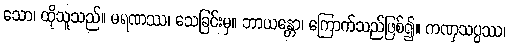
သော၊ ထိုသူသည်။ မရဏဿ၊ သေခြင်းမှ။ ဘာယန္တော၊ ကြောက်သည်ဖြစ်၍။ ကဏှသပ္ပဿ၊